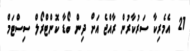
21  އެމެރިކާ ސަރުކާރުން ރާއްޖެ އަށް ދިން ބޯޑާ ކޮންޓްރޯލް ސިސްޓަމް